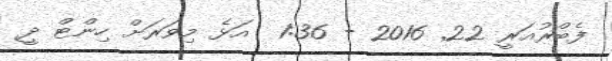
ފެބްރުއަރީ 22